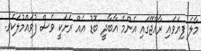
މާލެ ފިޔަވައި ރާއްޖޭގައި އެންމެ އާބާދީ ބޮޑު އެއް ރަށަކީ ވެސް ފުވައްމުލަކެވެ.